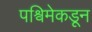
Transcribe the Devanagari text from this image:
पश्विमेकडून